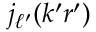
j _ { \ell ^ { \prime } } ( k ^ { \prime } r ^ { \prime } )